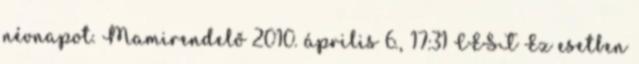
névnapot. Mamirendelő 2010. április 6., 17:31 CEST Ez esetben